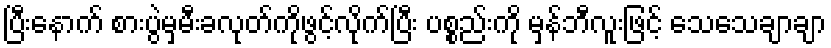
ပြီးနောက် စားပွဲမှမီးခလုတ်ကိုဖွင့်လိုက်ပြီး ပစ္စည်းကို မှန်ဘီလူးဖြင့် သေသေချာချာ